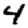
Digit: 4